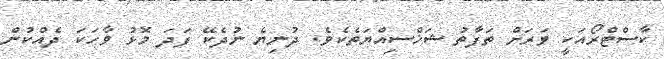
ކާސްޓްރޯއަކީ ވަރަށް ތަފާތު ޝަޚްސިއްޔަތެކެވެ. ދުނިޔެ ނުދެކޭ ފަދަ މޮޅު ވާހަކަ ދެއްކުން